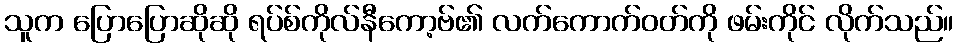
သူက ပြောပြောဆိုဆို ရပ်စ်ကိုလ်နီကော့ဗ်၏ လက်ကောက်ဝတ်ကို ဖမ်းကိုင် လိုက်သည်။